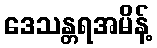
ဒေသန္တရအမိန့်